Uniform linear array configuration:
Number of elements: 48
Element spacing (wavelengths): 0.75
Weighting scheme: blackman
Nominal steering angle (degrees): -45
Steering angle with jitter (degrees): -44.422
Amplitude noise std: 0.05
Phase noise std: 0.05

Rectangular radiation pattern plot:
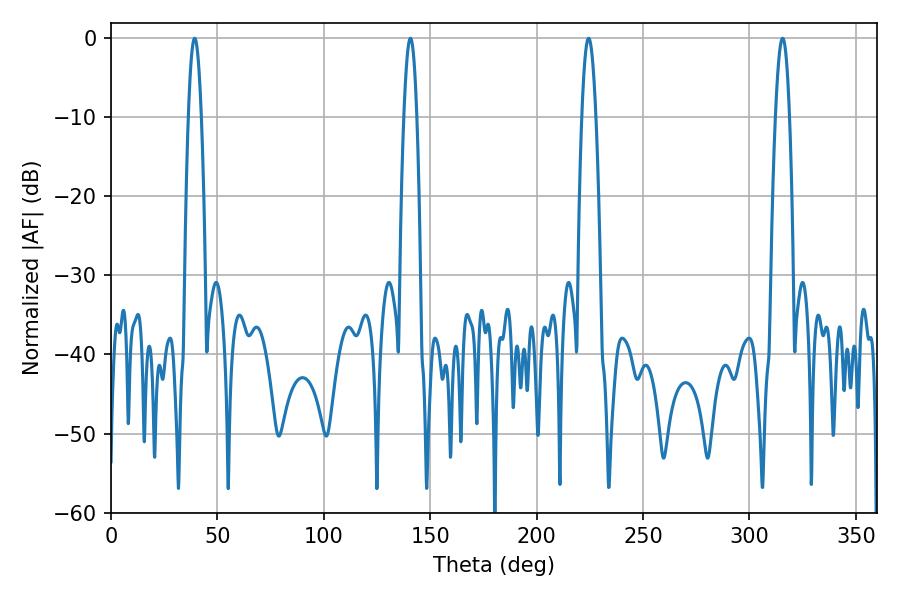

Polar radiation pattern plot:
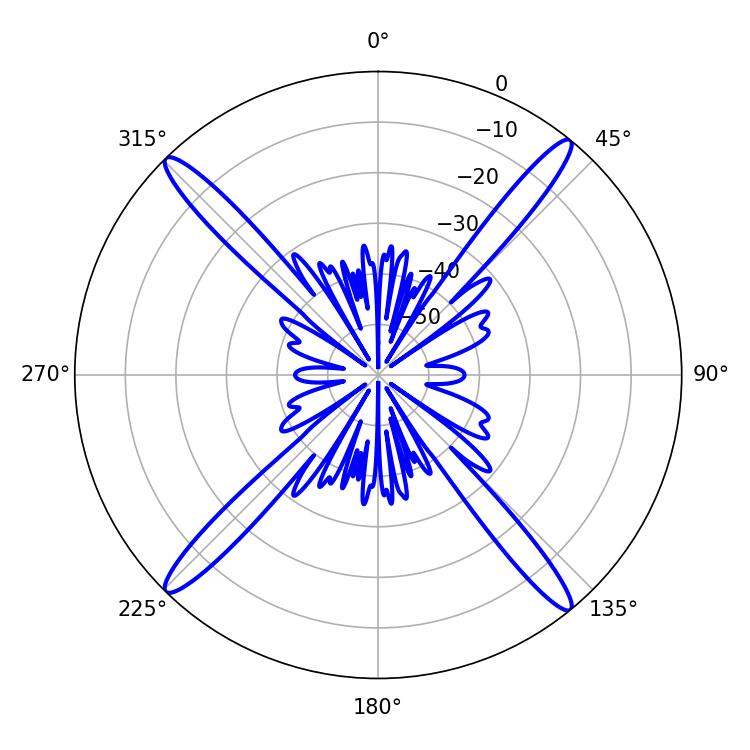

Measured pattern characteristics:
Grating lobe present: TRUE
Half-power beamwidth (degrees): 3.6
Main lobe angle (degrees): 224.46